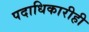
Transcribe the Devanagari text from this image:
पदाधिकारीही